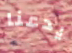
يدعنا